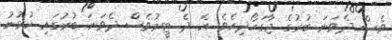
ވެސް ދެވަނަ ބުރުގެ ޖާގަހޯދިއެވެ. އެ ދެ ޓީމުވެސް ދެވަނަ ބުރުގައި ކުޅުނު